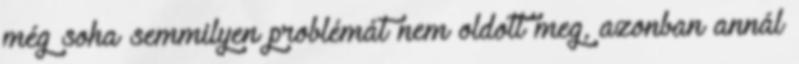
még soha semmilyen problémát nem oldott meg, azonban annál